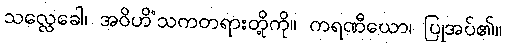
သလ္လေခေါ၊ အဝိဟိံသကတရားတို့ကို။ ကရဏီယော၊ ပြုအပ်၏။